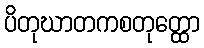
ပိတုဃာတကစတုတ္ထော